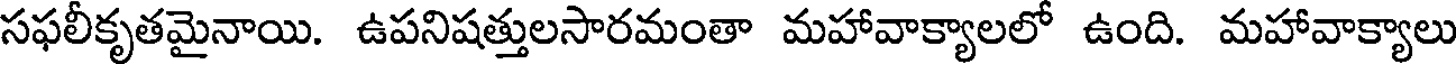
సఫలీకృతమైనాయి. ఉపనిషత్తులసారమంతా మహావాక్యాలలో ఉంది. మహావాక్యాలు